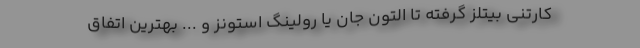
‌کارتنی بیتلز گرفته تا التون جان یا رولینگ استونز و ... بهترین اتفاق